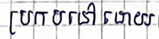
ប្រកបទៅដោយ